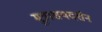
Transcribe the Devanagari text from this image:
मूत्राशयदर्शन